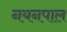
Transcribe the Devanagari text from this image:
नयनपाल